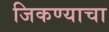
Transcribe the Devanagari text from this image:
जिकण्याचा